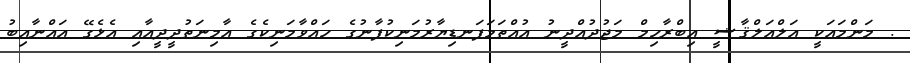
. މަންމައަކީ އަލްއަލްޤާޟީ އިބްރާހިމް މަޖުދުއްދީނު އުއްތަމަފަނޑިޔާރުމަނިކުފާނުގެ ހައްވާމަނިކެގެ އާމިނަތުދީދީއާއި އެޅެގޭ އައްނާއިބު